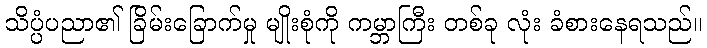
သိပ္ပံပညာ၏ ခြိမ်းခြောက်မှု မျိုးစုံကို ကမ္ဘာကြီး တစ်ခု လုံး ခံစားနေရသည်။